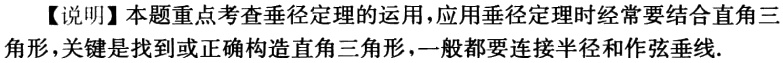
【说明】本题重点考查垂径定理的运用，应用垂径定理时经常要结合直角三角形，关键是找到或正确构造直角三角形，一般都要连接半径和作弦垂线.